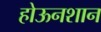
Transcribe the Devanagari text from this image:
होऊनशान